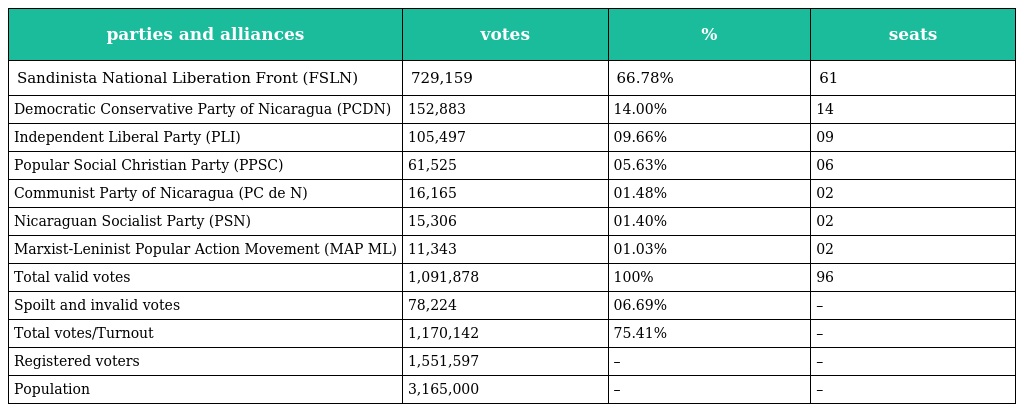
| parties and alliances | votes | % | seats |
 | --- | --- | --- | --- |
 | Sandinista National Liberation Front (FSLN) | 729,159 | 66.78% | 61 |
 | Democratic Conservative Party of Nicaragua (PCDN) | 152,883 | 14.00% | 14 |
 | Independent Liberal Party (PLI) | 105,497 | 09.66% | 09 |
 | Popular Social Christian Party (PPSC) | 61,525 | 05.63% | 06 |
 | Communist Party of Nicaragua (PC de N) | 16,165 | 01.48% | 02 |
 | Nicaraguan Socialist Party (PSN) | 15,306 | 01.40% | 02 |
 | Marxist-Leninist Popular Action Movement (MAP ML) | 11,343 | 01.03% | 02 |
 | Total valid votes | 1,091,878 | 100% | 96 |
 | Spoilt and invalid votes | 78,224 | 06.69% | – |
 | Total votes/Turnout | 1,170,142 | 75.41% | – |
 | Registered voters | 1,551,597 | – | – |
 | Population | 3,165,000 | – | – |